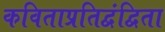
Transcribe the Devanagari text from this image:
कविताप्रतिद्वंद्विता